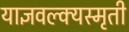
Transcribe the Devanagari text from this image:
याज्ञवल्क्यस्मृती